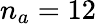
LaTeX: n_{a}=12